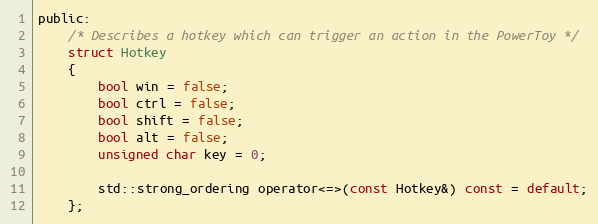
Language: C
public:
    /* Describes a hotkey which can trigger an action in the PowerToy */
    struct Hotkey
    {
        bool win = false;
        bool ctrl = false;
        bool shift = false;
        bool alt = false;
        unsigned char key = 0;

        std::strong_ordering operator<=>(const Hotkey&) const = default;
    };